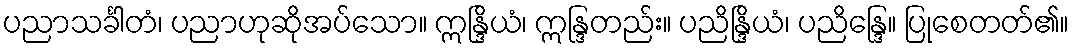
ပညာသင်္ခါတံ၊ ပညာဟုဆိုအပ်သော။ ဣန္ဒြိယံ၊ ဣန္ဒြတည်း။ ပညိန္ဒြိယံ၊ ပညိန္ဒြေ။ ပြုစေတတ်၏။